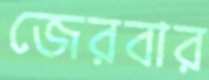
জেরবার